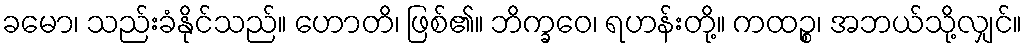
ခမော၊ သည်းခံနိုင်သည်။ ဟောတိ၊ ဖြစ်၏။ ဘိက္ခဝေ၊ ရဟန်းတို့။ ကထဉ္စ၊ အဘယ်သို့လျှင်။